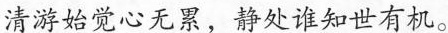
清游始觉心无累，静处谁知世有机。